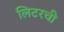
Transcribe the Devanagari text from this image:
लिटरची